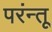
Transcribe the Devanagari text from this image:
परंन्तू